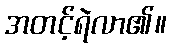
အတင့်ရဲလာ၏။